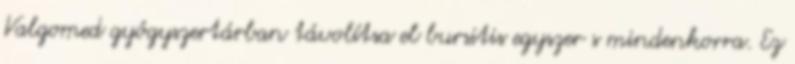
Valgomed gyógyszertárban távolítsa el bursitis egyszer s mindenkorra. Ez